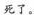
死了。